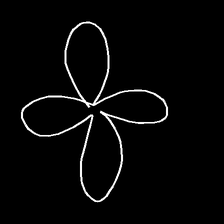
Glyph: billowing